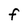
Character: F